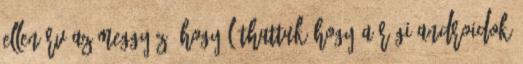
ellenérv az meggyőző hogy láthattuk hogy a régi androidok